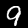
Label: 9